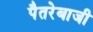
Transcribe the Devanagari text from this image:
पैतरेबाजी